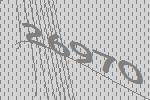
26970